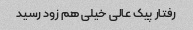
رفتار پیک عالی خیلی هم زود رسید